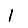
Digit: 1